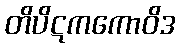
တိပိဋကကောဝိဒ